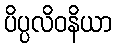
ပိပ္ပလိဝနိယာ